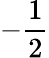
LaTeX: -{\frac{1}{2}}